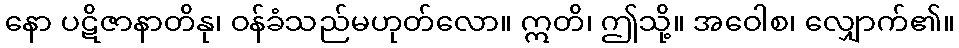
နော ပဋိဇာနာတိနု၊ ဝန်ခံသည်မဟုတ်လော။ ဣတိ၊ ဤသို့။ အဝေါစ၊ လျှောက်၏။